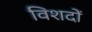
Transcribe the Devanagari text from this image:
विशदों